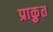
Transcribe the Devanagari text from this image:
प्राकृुत